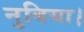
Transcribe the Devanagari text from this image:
नुबिया।